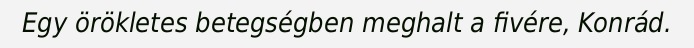
Egy örökletes betegségben meghalt a fivére, Konrád.